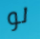
لو